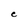
Character: e